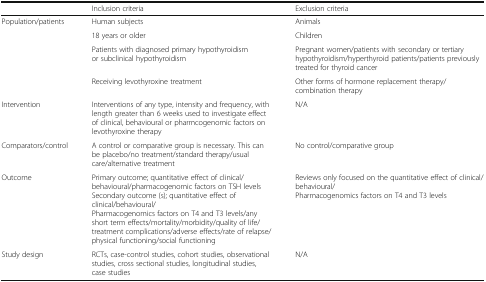
<table><thead><tr><td></td><td><b>Inclusion criteria</b></td><td><b>Exclusion criteria</b></td></tr></thead><tbody><tr><td rowspan="4">Population/patients</td><td>Human subjects</td><td>Animals</td></tr><tr><td>18 years or older</td><td>Children</td></tr><tr><td>Patients with diagnosed primary hypothyroidism or subclinical hypothyroidism</td><td>Pregnant women/patients with secondary or tertiary hypothyroidism/hyperthyroid patients/patients previously treated for thyroid cancer</td></tr><tr><td>Receiving levothyroxine treatment</td><td>Other forms of hormone replacement therapy/combination therapy</td></tr><tr><td>Intervention</td><td>Interventions of any type, intensity and frequency, with length greater than 6 weeks used to investigate effect of clinical, behavioural or pharmcogenomic factors on levothyroxine therapy</td><td>N/A</td></tr><tr><td>Comparators/control</td><td>A control or comparative group is necessary. This can be placebo/no treatment/standard therapy/usual care/alternative treatment</td><td>No control/comparative group</td></tr><tr><td>Outcome</td><td>Primary outcome; quantitative effect of clinical/behavioural/pharmacogenomic factors on TSH levelsSecondary outcome (s); quantitative effect of clinical/behavioural/Pharmacogenomics factors on T4 and T3 levels/any short term effects/mortality/morbidity/quality of life/treatment complications/adverse effects/rate of relapse/physical functioning/social functioning</td><td>Reviews only focused on the quantitative effect of clinical/behavioural/Pharmacogenomics factors on T4 and T3 levels</td></tr><tr><td>Study design</td><td>RCTs, case-control studies, cohort studies, observational studies, cross sectional studies, longitudinal studies, case studies</td><td>N/A</td></tr></tbody></table>